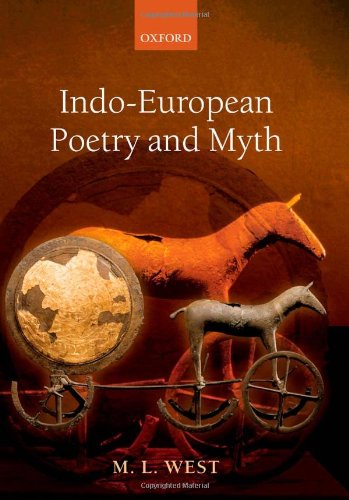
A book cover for Indo-European Poetry and Myth; M. L. West; Literature & Fiction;